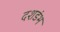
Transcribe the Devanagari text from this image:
दशडंभ